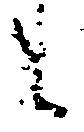
候